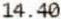
14.40